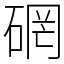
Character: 䃃